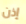
إذن